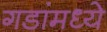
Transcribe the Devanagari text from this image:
गडांमध्ये